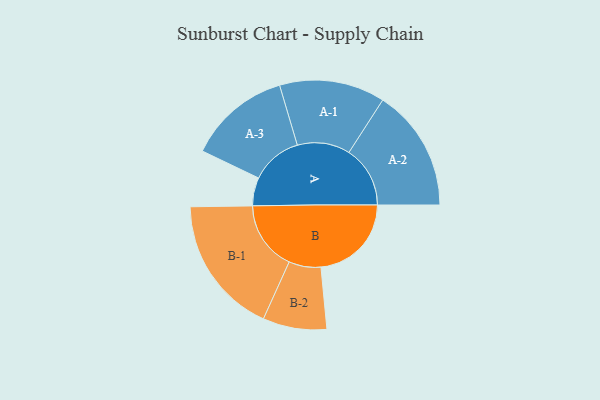
{"axis": {"x": "Segment", "y": "Value"}, "legend": ["", "A", "B"], "data": [{"x": "A", "y": 114, "type": ""}, {"x": "B", "y": 365, "type": ""}, {"x": "A-1", "y": 213, "type": "A"}, {"x": "A-2", "y": 247, "type": "A"}, {"x": "A-3", "y": 207, "type": "A"}, {"x": "B-1", "y": 280, "type": "B"}, {"x": "B-2", "y": 129, "type": "B"}]}